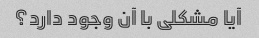
آیا مشکلی با آن وجود دارد؟